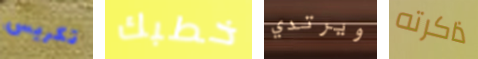
تكريس خطبك ويرتدي ذاكرته